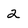
Character: 2